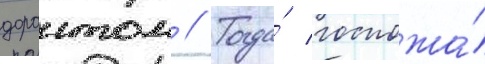
дорантом // Тогда́ госпожа́